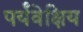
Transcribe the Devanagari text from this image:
पर्यंवेक्षिय